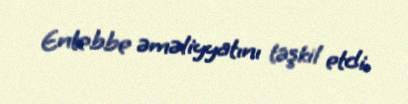
Entebbe əməliyyatını təşkil etdi.